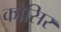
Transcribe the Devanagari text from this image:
कोसिर